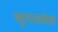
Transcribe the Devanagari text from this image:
सुगतवंस